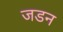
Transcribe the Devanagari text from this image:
जडन